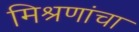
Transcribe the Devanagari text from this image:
मिश्रणांचा